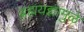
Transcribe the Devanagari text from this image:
ब्रह्मयज्ञामुळे